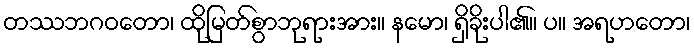
တဿဘဂဝတော၊ ထိုမြတ်စွာဘုရားအား။ နမော၊ ရှိခိုးပါ၏။ ပ။ အရဟတော၊